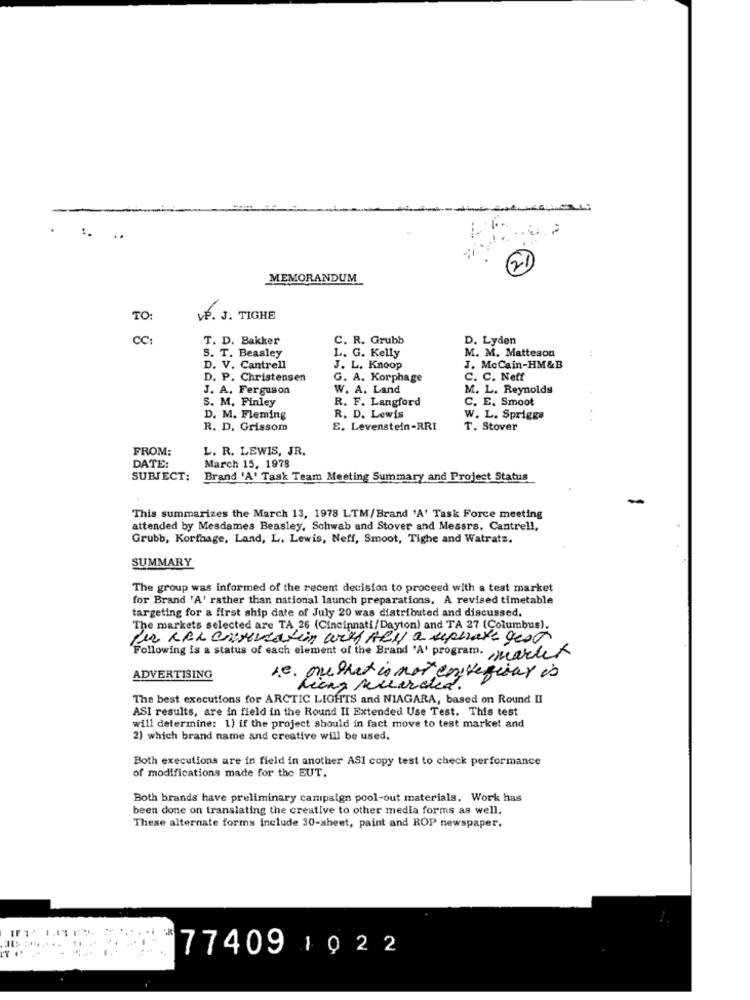
.
MEMORANDUM
TO:
VÉ. J. TIGHE
CC:
T. D. Bakker
C. R. Grubb
D. Lyden
L. G. Kelly
M. M. Matteson
S. T. Beasley
D. V. Cantrell
J. L. Knoop
J. McCain-HM&B
D. P. Christensen
G. A. Korphage
C. C. Nett
J. A. Ferguson
W. A. Land
M. L. Reynolds
S. M. Finley
R. F. Langford
C. E. Smoot
D. M. Fleming
R. D. Lewis
W. L. Spriggs
R. D. Grissom
S. Levenstein-RRI
T. Stover
FROM:
L. R. LEWIS, JR.
DATE:
March 15, 1978
SUBJECT:
Brand 'A' Task Team Meeting Summary and Project Status
This summarizes the March 13, 1978 LTM/Brand 'A' Task Force meeting
attended by Mesdames Beasley, Schwab and Stover and Messrs. Cantrell,
Grubb, Korfhage, Land, L. Lewis, Neff, Smoot, Tighe and Watrats.
SUMMARY
The group was informed of the recent decision to proceed with a test market
for Brand 'A' rather than national launch preparations. A revised timetable
targeting for a first ship date of July 20 was distributed and discussed.
The markets selected are TA 26 (Cincinnati/Dayton) and TA 27 (Columbus).
lur Ker cherwatin wirf Hey a seperate gest
Following is a status of each element of the Brand 'A' program. Market
ADVERTISING
1.e. onglet is not en vegitar is
Liens ricerca.
The best executions for ARCTIC LIGHTS and NIAGARA, based on Round II
ASI results, are in field in the Round II Extended Use Test. This test
will determine: 1) if the project should in fact move to test market and
2) which brand name and creative will be used.
Both executions are in field in another ASI copy test to check performance
of modifications made for the EUT.
Both brands have preliminary campaign pool-out materials. Work has
been done on translating the creative to other media forms as well.
These alternate forms include 30-sheet, paint and ROP newspaper.
77409 1022